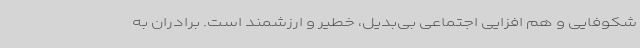
شکوفایی و هم افزایی اجتماعی بی‌بدیل، خطیر و ارزشمند است. برادران به